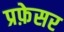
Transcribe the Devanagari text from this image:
प्रफ़ेसर